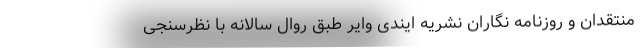
منتقدان و روزنامه نگاران نشریه ایندی وایر طبق روال سالانه با نظرسنجی